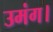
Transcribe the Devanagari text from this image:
उमंग।